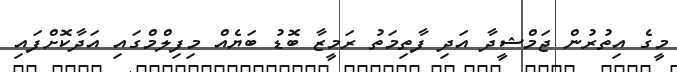
މީގެ އިތުރުން ޖަމްޝީދާ އަދި ފާތިމަތު ރަމީޒާ ބޮޑު ބަޔެއް މިފިލްމްގައި އަދާކޮށްފައި